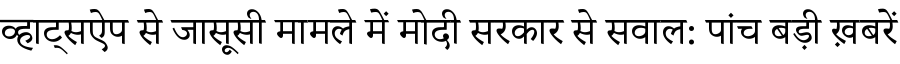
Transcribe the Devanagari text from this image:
व्हाट्सऐप से जासूसी मामले में मोदी सरकार से सवाल: पांच बड़ी ख़बरें